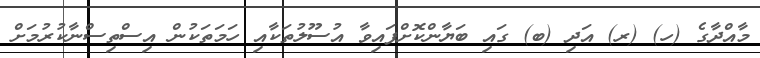
މާއްދާގެ (ހ) (ރ) އަދި (ބ) ގައި ބަޔާންކޮށްފައިވާ އުސޫލުތަކާއި ހަމަތަކުން އިސްތިސްނާކުރުމަށް